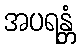
အပရန္တံ